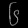
Digit: ၆